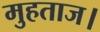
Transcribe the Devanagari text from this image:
मुहताज।